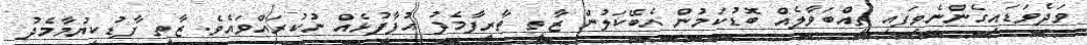
ވަދެވަޑައިގެންނެވިފައި ތިއްބަވާލެއް ބޮޑުކަމުން އެބޭކަލުން ޒާތީ ތާރީފާމެދު އުފާފުޅެއް ނުކުރައްވައެވެ. ޒާތީ ފާޑުކިޔުމާމެދު